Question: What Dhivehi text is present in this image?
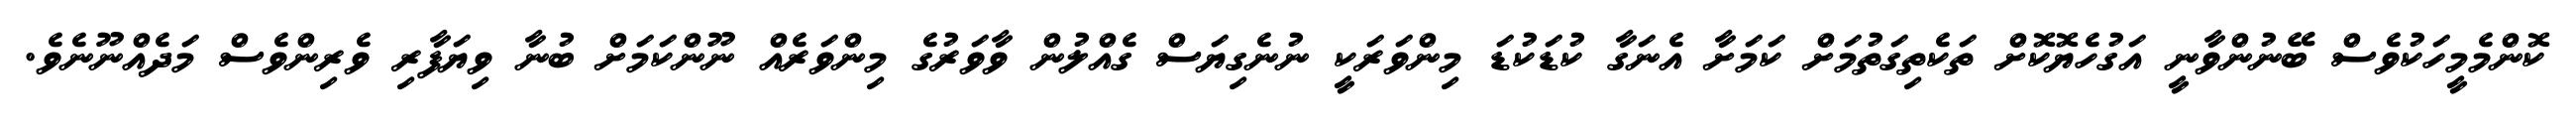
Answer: ކޮންމެމީހަކުވެސް ބޭނުންވާނީ އަގުހެޔޮކޮށް ތަކެތިގަތުމަށް ކަމަށާ އެނަގާ ކުޑަކުޑަ މިންވަރަކީ ނުނެގިޔަސް ގެއްލުން ވާވަރުގެ މިންވަރެއް ނޫންކަމަށް ބުނާ ވިޔަފާރި ވެރިންވެސް މަދެއްނޫނެވެ.